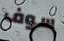
سوف